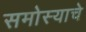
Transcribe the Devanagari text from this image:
समोस्याचे